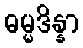
ဓမ္မဒိန္နာ